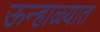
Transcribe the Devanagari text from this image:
ऊन्हाळ्यात